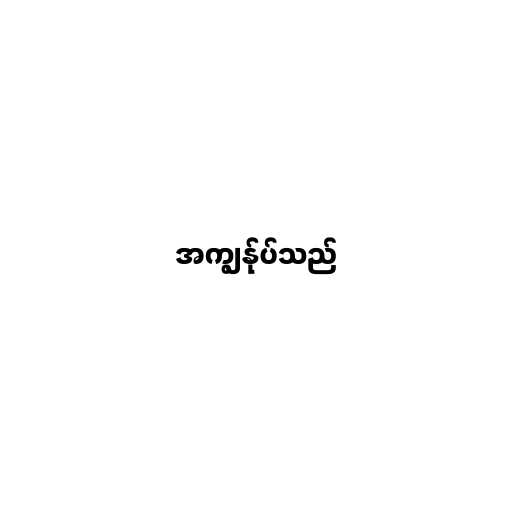
အကျွန်ုပ်သည်